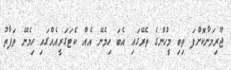
ޖޫރިމަނާކޮށްފަ ތިބި މީހުންގެ ތެރޭގައި އެބަ ހިމެނޭ އެއް ކެޓަގަރީއެއްގައި ހިމެނޭ ތަފާތު